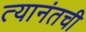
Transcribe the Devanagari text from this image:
त्यानंतची